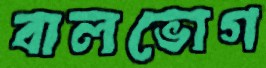
বালভোগ